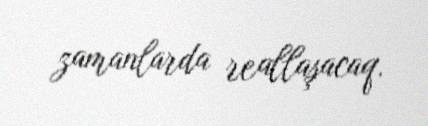
zamanlarda reallaşacaq.